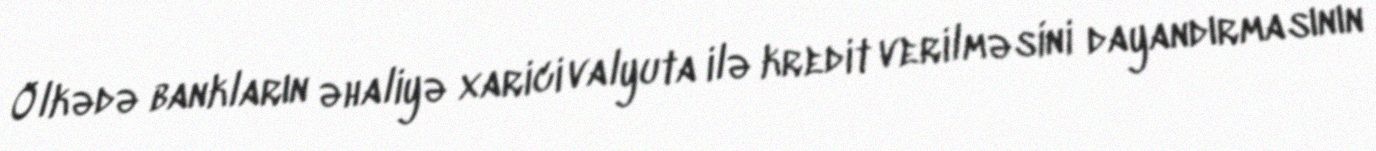
Ölkədə bankların əhaliyə xarici valyuta ilə kredit verilməsini dayandırmasının